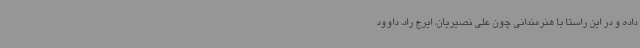
داده و در این راستا با هنرمندانی چون علی نصیریان، ایرج راد، داوود